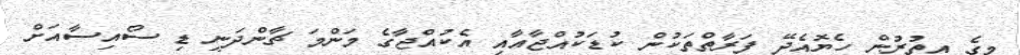
މީގެ އިތުރުން ހެޔޮއެދޭ ފަރާތްތަކުން ކުޑަކުއްޖާއާއި އެކުއްޖާގެ މަންމަ ޗާންދަނީ ޑި ސޯއިސާއަށް